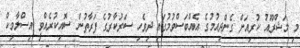
މި މަޝްރޫއު ކުރިއަށް ގެންދިއުމުގެ އެއްބަސްވުމުގައި ދިވެހި ސަރުކާރުގެ ފަރާތުން ސޮއިކުރެއްވީ އިސްލާމިކް